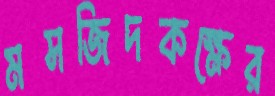
মসজিদকক্ষের